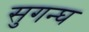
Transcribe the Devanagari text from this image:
सुगन्घ